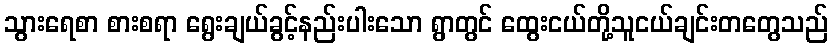
သွားရေစာ စားစရာ ရွေးချယ်ခွင့်နည်းပါးသော ရွာတွင် ထွေးငယ်တို့သူငယ်ချင်းတတွေသည်